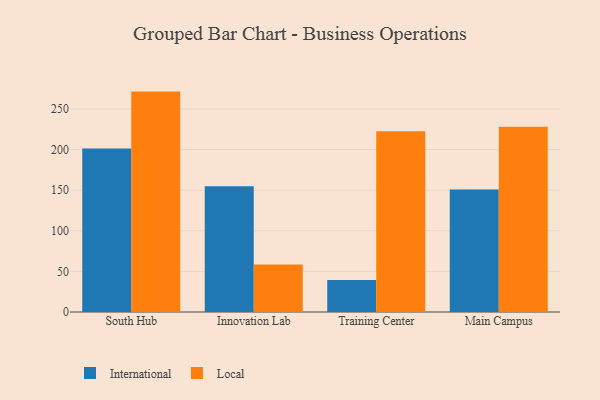
{"axis": {"x": "Campus", "y": "Population (Million)"}, "legend": ["International", "Local"], "data": [{"x": "South Hub", "y": 201.3, "type": "International"}, {"x": "South Hub", "y": 271.4, "type": "Local"}, {"x": "Innovation Lab", "y": 155.0, "type": "International"}, {"x": "Innovation Lab", "y": 58.4, "type": "Local"}, {"x": "Training Center", "y": 39.3, "type": "International"}, {"x": "Training Center", "y": 222.7, "type": "Local"}, {"x": "Main Campus", "y": 150.9, "type": "International"}, {"x": "Main Campus", "y": 228.2, "type": "Local"}]}